Calcutta medical institutions reports 1879-81 [i.e.91]
Year: 1879
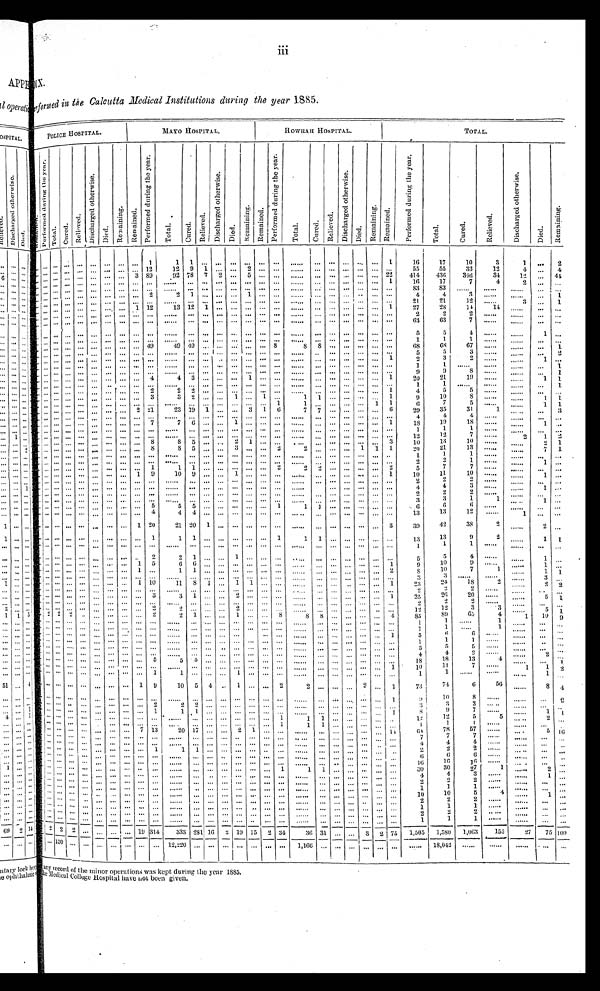
iii
rformed in the Calcutta Medical Institutions during the year 1885.
POLICE HOSPITAL.
MAYO HOSPITAL.
HOWRAH HOSPITAL.
TOTAL.
R e m a i n e d .
P e r f o r m e d d u r i n g t h e y e a r .
Tot al . Cu r e d.
R e l i e v e d .
D i s c h a r g e d o t h e r w i s e .
Di ed.
Remai ni ng. R e m a i n e d .
P e r f o r m e d d u r i n g t h e y e a r .
T o t a l .
Cu r e d .
Re l i e v e d .
D i s c h a r g e d o t h e r w i s e .
D i e d .
R e ma i n i n g .
R e m a i n e d .
P e r f o r m e d d u r i n g t h e y e a r .
T o t a l .
Cur ed.
Re l i e ve d.
D i s c h a r g e d o t h e r w i s e .
Di ed.
R e ma i n i n g . Re ma i n e d .
P e r f o r m e d d u r i n g t h e y e a r .
T o t a l .
C u r e d .
R e l i e v e d .
D i s c h a r g e d o t h e r w i s e .
Di ed.
Remai ni ng.
...
...
...
...
... . . . ...
...
... 1
1 1 ... ... . . . ... . . . ... ... .... ... ... ... ...
1
16
17
10
3
1 . . .
2
. . . ... ... ... ... ... ... ... ... 12
12 9 1 ... . . . 2 . . . ... ... ... ... ... ... ... ...
55
55
33
12
4 . . .
4
. . . ... ... ... ... . . . ... ... 3 89
92 78 7 2 . . . 5 . . . ... ... ... ... ... ... ... 22
414 436 346
34
12
4 4
. . . .... .... ... ... ... ... ... ... ... ...
... ... ... ... ... ... ... ...
... ... ... ... ...
1
16
17
7
4
2
... ... ... ... ... ... ... ... ... ... ...
... ... ... ... ... ... ... ...
... ... ... ... ... ...
83
83 ...
...
...
. . .
. . .
... ... ... ... ... . . . ... ... ... 2 2
1 ... ... . . . ... ... ...
... ... ... ... ... ... ...
4
4
3
...
...
. . .
1
. . . ... ... ... ... ... ... ... ... ... ...
... ... ... ... ... ... ... ...
... ... ... ... ... ...
2 1
21
12
...
3 . . .
1
. . . .. ... ... ... ... ... ... 1 12
13 12 1 ... . . . ... . . . ... ... ... ... ... ... ...
1
27
28
14
14 ...
. . .
. . .
. . . ... ... ... ... ... ... ... ... ... ...
... ... ... ... ... ... ... ...
... ... ... ... ... ...
2
2
2 ...
...
. . .
. . .
... ... ... ... ... ... ... ... ... ... ...
... ... ... ... ... ... ... ... ... ... ... ... ... ...
63
63
7 ...
...
. . .
. . .
... ... ... ... ... ... ... ... ... ... ...
... ... ... ... ... ... ... ...
... ... ... ... ... ...
5
5
4 ...
...
1 . . .
... ... ... ... ... ... ... ... ... ... ...
... ... ... ... ... ... ... ...
... ... ... ... ... ...
1
1
1 ...
...
. . .
. . .
... ... ... ... ... ... ... ...
. . . 49
49 49 ... ... ... ... ... 8
8
8 ... ... ... ... ...
68
68
67 ...
...
. . .
1
... ... ... ... ... . . . ... ... ... ... ... ... ... ... ... ... . . . ... ...
... ... ... ... ... ...
5
5
3 ...
...
. . .
2
... ... ... ... ... . . . ... ... ... ... ... ... ... ... ... ... ... ... ...
...... ... ... ...
1
2
3
2 ...
...
1 . . .
... ... ... ... ... . . . ... ... ... ... ... ... ... ... . . . ... . . . ... ... ... ... ... ... ... ...
1
1 ...
...
...
. . .
1
... ... ... ... ... . . . ... ... ... ... ... ... ... ... . . . ... . . . ... ... ... ... ... ... ... ...
9
9
8 ...
...
. . .
1
... ... ...
... ... . . . ... ... ... 4
4 3 ... ... . . .
1 . . . ... ... ... ... ... ... ...
1
20
21
19
...
...
1
1
... ... ... ... ... . . . ... ... ... ...
. . .
... ... ... . . . ... . . . ... ... ... ... ... ... ... ...
1
1 ...
...
. . . ...
1
... ... ... ... ... . . . ... ... ... 2 2
2 ... ... ... ... ... ... ...
... ... ... ... ... 1
4
5
5
...
...
. . .
. . .
... ... ... ... ... . . . ... ... ... 3
3 2 ... ... 1 ... 1 ...
1
1 ... ... ... ...
1
9
10 8
...
...
1 1
... ... ... ... ... ... ... ... ... ... ...
... ... ... ... ... ... ...
. . . ...... ... ...
1
1
6
7
5 ...
...
1
1
... ... ... ... ... . . . ... ... 2 21
23 10 1 ... . . .
3 1 6 7
7 ... ... ... ... 6
29
35
3 1
1 ...
...
3
... ... ... ... ... ... ... ... ... ... ...
1 ... ... ...
...... ... ...
...... ... ... ... ...
4
4 4
... ...
... ...
... ... ... ... ... . . . ... ... ... ...
7 7 6 ... . . . 1 . . . ... ... ... ... ... ... ...
1
18
19
18
...
...
1
. . .
... ... ... ... ... ... ... ... ... ... ...
... ... ... ... ... ... ... ...
... ... ... ... ... ...
1
1
1
...
...
. . . ...
... ... ... ... ... ... ... ... ... ... ...
... ... ... ... ... ... ... ...
... ... ... ... ... ...
12
12
7
...
2
1 2
... ... ... ... ... ... ... ... ... ...
8 8 5 ...
. . .
2 1 ...
... ... ... ... ... ...
3
10
13
10 ...
...
2
1
... ... ... ... ... . . . ... ... ...
. . .
8 8 5 ...
3 . . . ...
2 ... ... ... 1
1 1
20
21
13
.... ...
...
7
1
... ... ... ... ... ... ... ... ... ......
... ... ... ... ... ... ... ...
... ... ... ... ... ...
1
1
1 ...
...
. . .
. . .
... ... ... ... ... ... ... ... ... ......
... ... ... ... ... ... ... ...
... ... ... ... ... ...
2
2
1
...
...
1 . . .
... ..... ... ... ... ... ... ... ...
. . . 1
1 1 ... ... ... ... ...
2
2 ... ... ... ...
2
5
7 7
...
...
. . . . . .
... ... ... ... ... . . . ... ...
. . . 1
9. 10 9. ... . . . 1 ... ... ...
...... ... ... ... 1
10
11
10
...
...
1 . . .
... ... ... ... ... . . . ... ... ... ... ... ... ... ... . . . ... . . . ... ... ... ... ... ... ... ...
2
2
2
...
...
. . .
. . .
... ... ... ... ... ... ... ... ... ... ...
... ... ... ... ... ... ... ...
... ... ... ... ... ...
4
4
3
...
1 . . .
... ... ... ... ... . . . ... ... ... ... ...
... ... ... ... ... ... ... ...
... ... ... ... .... ...
2
2
2
..
...
. . .
. . .
... ... ... ... ... ...
...
3
3
1
1
1 . . .
... ... ... ... ... . . . ... ... ...
. . . ...
... ... ... ... ... ... ... ...
...... ... ... ... ...
13
13
12
...
. . .
. . .
. . .
... ... ... ... ... . . . ... ... ...
. . . 5
5 5 ... ... ... ... ... 1
1 1 ... ... ... ...
6
6
6
...
. . . ... ...
... ... ... ... ... . . . ... ...
. . . ...
4 4 4 ... . . . ... . . . ... ... ... ... ... ... ...
3
39
42
38
2... ...
1. 1 . . .
... ... ... ... ... ... ... ...
...1 20
21 20 1 ... ... ... ... ...
... ... ... ... ... ...
13
13
9
... ...
1
1
... ... ... ... ... . . . ... ... ... ... 1
1 1 .... . . . ... . . . ... ... ... ... ... ... ... ...
1
1
1
...
...
. . . ...
... ... ... ... ... ... ... ... ...
. . . ...
... ... ... ... ... ... ...
. . . ... ... ... ... ... ...
5
5
4
. . .
...
3 ...
.... ... ... ... ... ... ... ...
. . . . . . 2
2 1 ... ... ... ... ... ...
... ... ... ...
. . .
1
9
10
9 1
...
1 1
... ... ... ... ... ... ... ...
... .....1
5 6 6 ... ... ... ...
... ... ... ... ... ...
2
8
10
7
... ...
... . . .
. . . ... ... ... ... . . . ... ... ... ... ... ... ... ... ... ... ... ...
. . . ... ... ... ... ... ...
3 3
...
...
...
3 . . .
... ... ... ... ... ... ... ...
1 10
11 8 1 ... 1
1 ... ... ... ... ... ... ... ... 1
28
24
18
... 4
... . . .
... ... ... ... ... ... ... ... ... ... ... ... ... ... ... ... ... ... ... ... ... ... ... ... ...
2
2 2
3
... 5
1.
. . . . . . ... ... ... ... ... ... ... 3 3
.1..... ... 2 ... ... ... ...
... ... ... ... ...
1
25
26
20
4
1 10 9..
... ... ... ... ... ... ... ... ... ... ... ... ... ... ... ... ... ... ...
. . . ... ... ... ...
. . . .
2
2
2
...
...
. . .
. . .
... ... ... ... ... ... ... ... ... 2 2
... ... ... 2 ... ... ... ...
. . . ... ... ... ... ...
12
12
3
3
...
5
. 1 . .
... 2. 2 2 ... ... ... ... ...
2
2 1 ... ... 1 ... ... 8 8
8 ... ... ... ... 4
85
89
65
4
1... 10 9 . . .
... ... ... ... ... ... ... ... ... ... ... ... ... ... ... ... ... ... ...
. . . ... ... ... ... . . .
1 1
.1..
...
. . . ...
... ... ... ... ... ... ... ... ... ... ... ... ... ... ... ... ... ... ...
. . . ... ... ... ... . . .
1
1
...
1... ...
. . .
. . .
... ... ... ... ... ... ... ... ... ... ... ... ... ... ... ... ... ... ...
...... ... ... ... 1
5
6
6
...
...
. . .
. . .
. . . ... ... ... ... ... ... ... ... ... ... ... ... ... ... ... ... ... ...
. . . ... ... ... ... . . .
1
1
1
...
... ... ...
... ... ... ... ... ... ... ... ... ... ... ... ... ... ... ... ... ... ...
. . . ... ... ... ... . . .
5 5
5
...
...
. . .
. . .
... ... ... ... ... ... ... ... ... ...
... ... ... ... ... ... ... ... ...
. . . ... ... ... . . . . . .
4
4
2
...
...
2 ...
... ...... ... ... ... ... ... ... 5
5 5 ... ... ... ... ... ... ...
. . . ... ... ... . . . . . . . .
18
18
18
4...
. . .
. . .
. 1 . .
... ... ... ... ... ... ... ... ... ... ... ... ... ... ...
. . . ... ... ...
. . . ... ... ...
. . .
1
10
11
7 ...
1
1 2
... ... ... ... ... ... ... ... ...
1 1
... ... ...
... ...... ... ...
...... ... ... ... ...
1
1. ..1. ...
...
1 . . .
... ... ... ... ... ... ... ...
1 9
10 5 4 ... 1 . . . ... 2 2
...... ...
2 ...
1
73
74
6
56 ...
8 4
... ... ... ... ... ... ... ... . . . . . . ... ... ... ... ... . . . ... ... ...
. . . ... ... ... .
... 1
9 10
8 ...
... ...
2
... ... ... ... ... ... ... ...
... 2 2
2 ... ... ...
...... ...
...
. . . ... ... ... ... ...
3
3
3 ...
. . .
. . . ...
... ... ... ... ... ... ... ...
... 1 1
1 ... ... ...
...... ...
...
. . . ... ... ... ...
1
8
9
7 ...
...
1 1
... ... ... ... ... ... ..
.
. . . . . . ... ... ... ... ... . . . ... 1 1
1 ... ... ... ... ...
12
12
5
... ...
2 ...
... ... ... ... ...... ... ...
... . . . ...
... ... ... ...
...... 1
1
1 ...... ... . . . . . .
1
1
1 ...
...
... ...
... ... ... ... ... ... ... ...
7 13
20 17 ... ... 2
1 . ... ...
... ...... ... ... ... 14
64
78
57 ... ...
5 16
... ... ... ... ... ...... ... . . . . . . ...
... ... ... ... ... ... ... ...
. . . ... ... ... . . . . . .
77
7
...
...
... ...
... ... ... ... ... ... ... ... . . . . . . ...
... ... ... ...
. . . ... ... ...
. . . ... ... ...
. . . . . .
4
4
4. ... ...
... ...
... ... ... ... ... ... ... ...
... ......
... ... ... ...
...... ... ...
...... ... ... ... ...
2
22.
...
..
... ...
... ... ... .. ... ... ... ... . . . . . . ... ... ... ... ...
. . . ... ... ...
. . . . ... ... ... . . .
. . .
6
6
6 ...
...
... ...
... ... ... ...... ... ... ... . . . . . . ...
... ... ... ... . . . ... ... ...
. . . ... ... ... . . .
. . .
16
16
16 ...
...
... ...
... ... ... ... ... ... ... ... . . . . . . ...
... ... ... ...
...... 1 1
1.... ... ...
. . . . . .
30
30
27
1. ...
2. ...
... ... ... ... ... ... ... ... . . . . . . ...
... ... ... ...
. . . ... ... ...
. . . ... ... ... . . . . . .
4
4
3 ... ...
1 ...
... ... ... ... ...... ... ...
... ......
... ... ... ...
...... ... ...
...... ... ... ... ...
22
2...
...
...
...
... ... ... ... ... ... ... ...
... ......
... ... ... ..
...... ... ...
...... ... ... ... ...
1
1
1
... ...
... ...
... ... ... ... . . . ... ... ...
. . .
. . . ...
... ... ... ...
. . . ... ...
...
. . . ... ... ...
. . .
. . .
10
105
4
...
1 ...
... ... ... ... ... ... ... ... . . . . . . ...
... ... ... ... . . . ... ... ...
. . . ... ... ... . . . . . .
2
2
2 ...
...
... ...
... ... ... ... ... ... ... ... . . . . . . ...
... ... ... ...
. . . ... ... ...
. . . ...... ... ... . . .
1
11
...
...
... ...
... ... ... ... ... ... ... ... . . . . . . ...
... ... ... ... . . . ... ... ...
. . . ... ... ... . . . . . .
2
2
2 ...
...
...
...
... ... ... ... ... ... ... ... . . . . . . ...
... ... ... ... . . . ... ... ...
. . . ... ... ... . . . . . .
1 1
1
..
...
... ...
... 2 2 2 ... ... ... ...
1 9 314 333
281 16 2 19
1 5 2 34
36 3 1 ... ...
3 2 75 1,505
1 , 5 8 0
1,063
155
27 75 109
...
120 ... ... ... ... ... ... ... ... 12,220... ... ... ... ... ... ... 1,166
. . . ... ... ...
. . .
... ...
18,042...
...
...
...
...
any record Of the minor operations Was kept during the year 1885..
T h e m e d i c a l
C o l l e g e H o s p i t a l h a v e , n o t b e e n g i v e n .